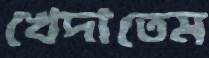
খেদাতেম